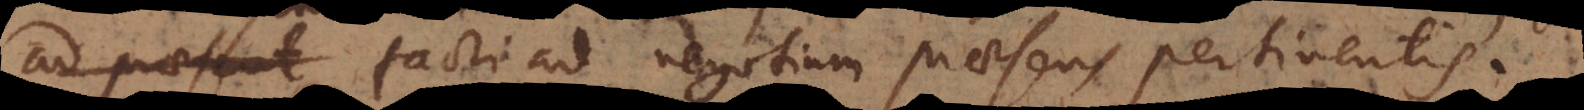
ad praesent facti ad negotium praesens pertinentis.